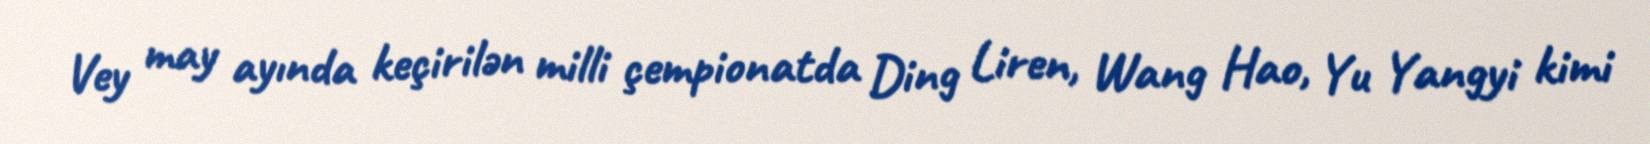
Vey may ayında keçirilən milli çempionatda Ding Liren, Wang Hao, Yu Yangyi kimi